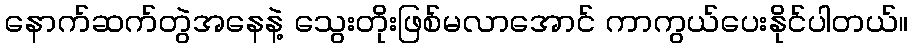
နောက်ဆက်တွဲအနေနဲ့ သွေးတိုးဖြစ်မလာအောင် ကာကွယ်ပေးနိုင်ပါတယ်။